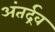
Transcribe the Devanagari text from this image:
अंतर्द्रव